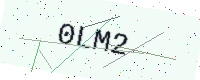
Text: 0LM2